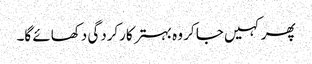
پھر کہیں جا کر وہ بہتر کارکردگی دکھائے گا۔